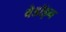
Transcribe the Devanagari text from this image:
बेडॉइन